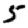
Digit: 5